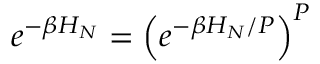
e ^ { - \beta H _ { N } } = \left( e ^ { - \beta H _ { N } / P } \right) ^ { P }